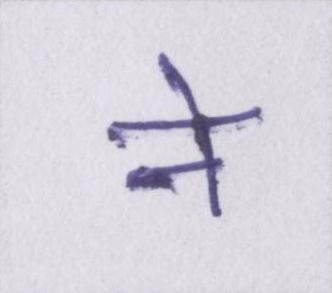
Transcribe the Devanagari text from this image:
ने